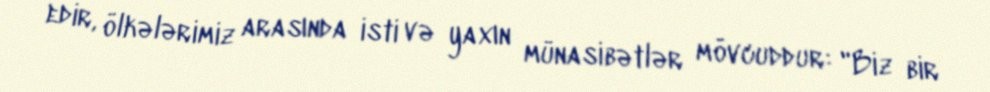
edir, ölkələrimiz arasında isti və yaxın münasibətlər mövcuddur: "Biz bir